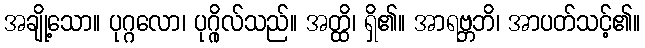
အချို့သော။ ပုဂ္ဂလော၊ ပုဂ္ဂိုလ်သည်။ အတ္ထိ၊ ရှိ၏။ အာရဗ္ဘဘိ၊ အာပတ်သင့်၏။